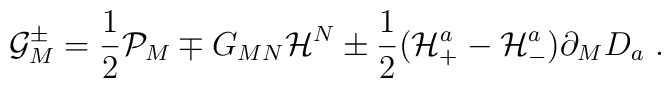
{\cal G}^{\pm}_{M} = \frac{1}{2}{\cal P}_{M} \mp G_{MN}{\cal H}^{N} \pm \frac{1}{2}({\cal H}^{a}_{+} - {\cal H}^{a}_{-})\partial_{M}D_{a} \ .